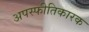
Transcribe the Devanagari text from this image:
अपस्फीतिकारक